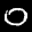
Label: 0